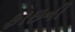
ફાઇની